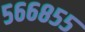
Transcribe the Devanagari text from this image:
५६६८५५